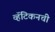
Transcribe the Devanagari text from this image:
व्हॅटिकनची